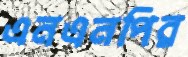
এনএনপির